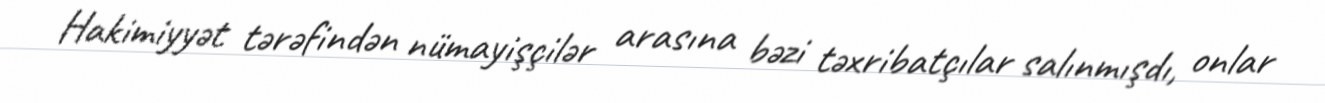
Hakimiyyət tərəfindən nümayişçilər arasına bəzi təxribatçılar salınmışdı, onlar